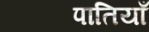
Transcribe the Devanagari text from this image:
पातियाँ